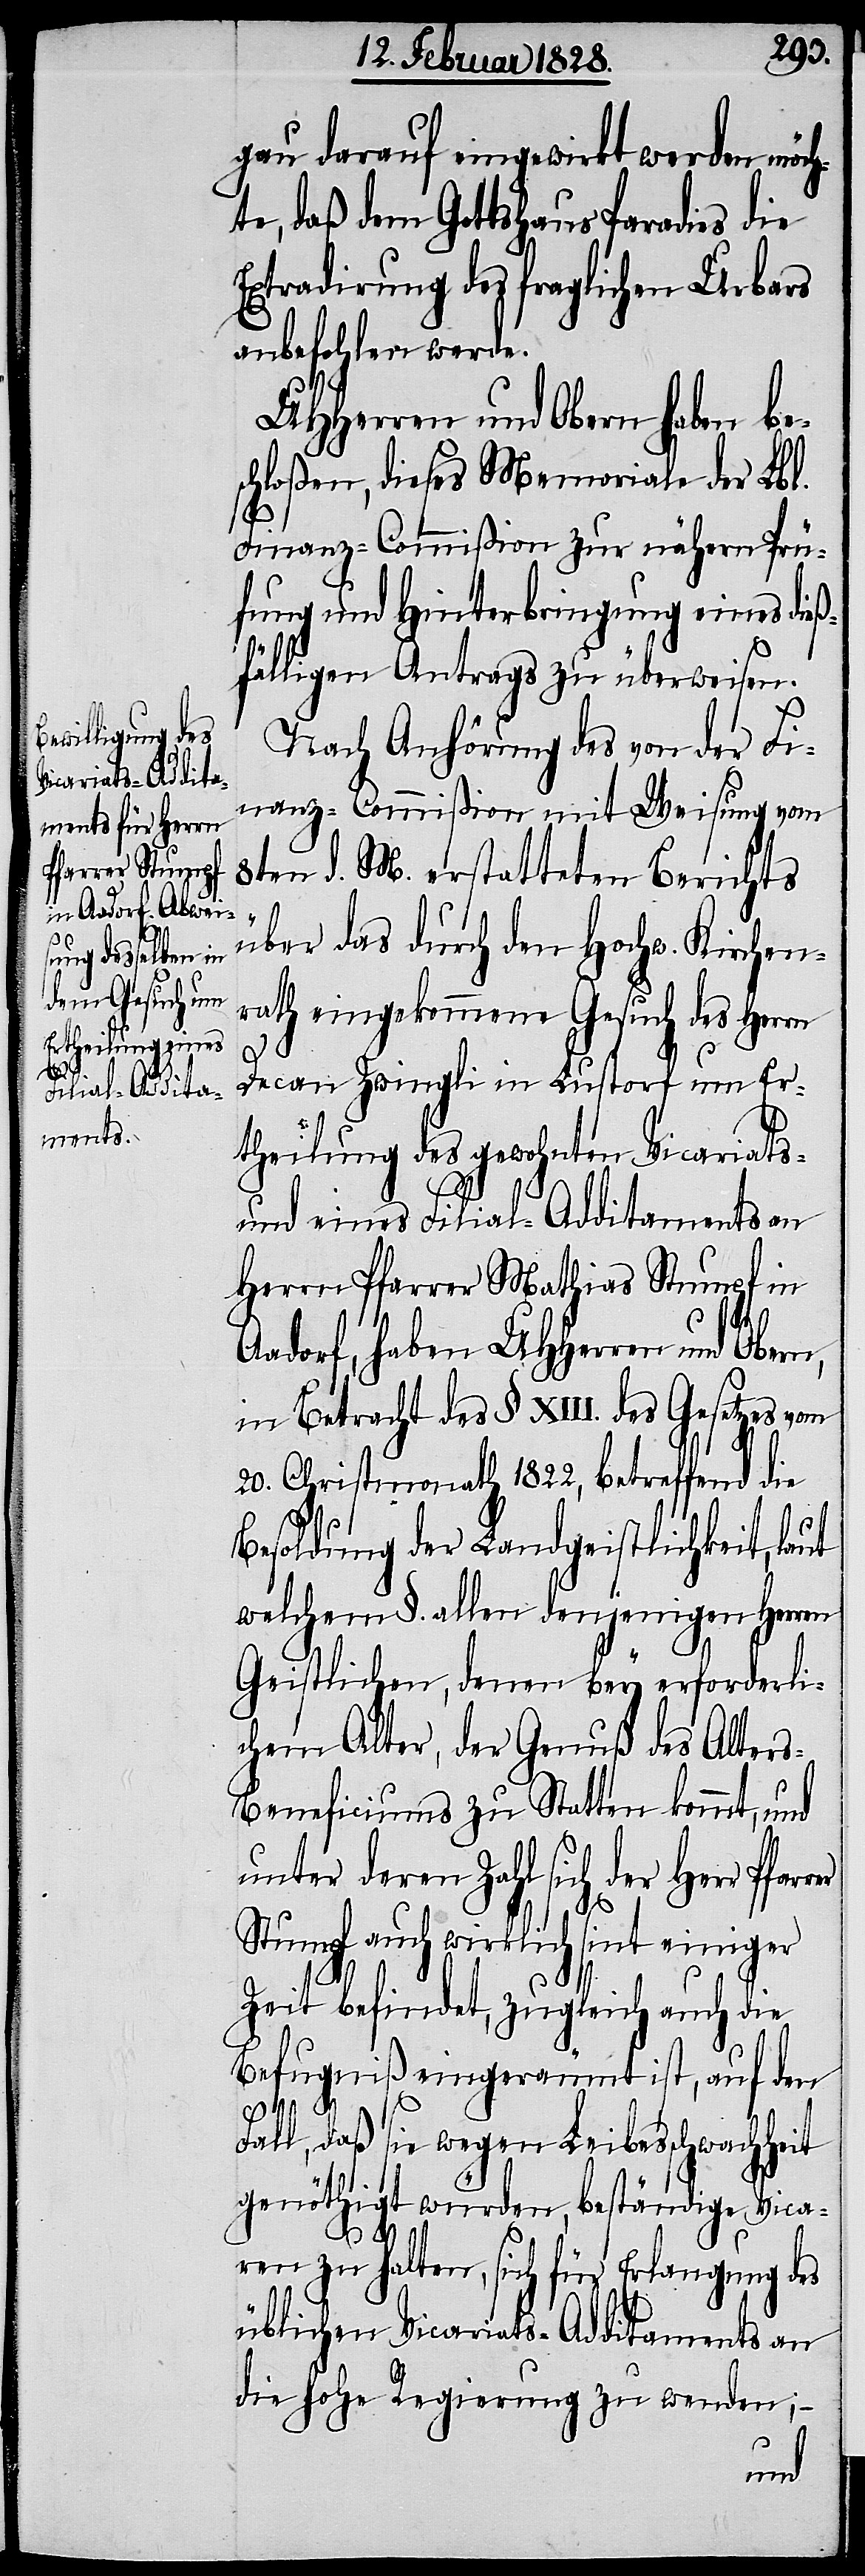
gau darauf eingewirkt werden möch¬
te, daß dem Gotteshaus Paradies die
Extradirung des fraglichen Urbars
anbefohlen werde.
UHHerren und Obern haben be¬
schloßen, dieses Memoriale der Lbl.
Finanz-Commißion zur nähern Prü¬
fung und Hinterbringung eines dieß¬
fälligen Antrags zu überweisen.
Nach Anhörung des von der Fi¬
nanz-Commißion mit Weisung vom
8ten d. M. erstatteten Berichts
über das durch den Hochw. Kirchen¬
rath eingekommene Gesuch des Herrn
Decan Zwingli in Lustorf um Er¬
theilung des gewohnten Vicariats-
und eines Filial-Additaments an
Herrn Pfarrer Mathias Stumpf in
Aadorf, haben UHHerren und
in Betracht des §. XIII. des Gesetzes vom
20. Christmonath 1822. betreffend die
Besoldung der Landgeistlichkeit, laut
welchem §. allen denjenigen Herren
Geistlichen, denen bey erforderli¬
chem Alter, der Genuß des Alter¬
s-Beneficiums zu Statten kommt, und
unter deren Zahl sich der Herr
Stumpf auch wirklich sint einiger
Zeit befindet, zugleich auch die
Befugniß eingeräumt ist, auf den
Fall, daß sie wegen Leibesschwachheit
genöthigt würden, beständige Vica¬
ren zu halten, sich für Erlangung des
üblichen Vicariats-Additaments an
die hohe Regierung zu wenden; –